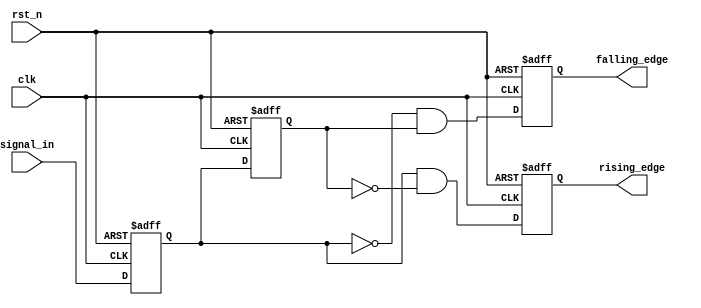
module glitch_free_edge_detector (
    input wire clk,               // Clock signal
    input wire rst_n,             // Asynchronous reset (active low)
    input wire signal_in,         // Input signal to detect edges
    output reg rising_edge,       // Output signal for rising edge detection
    output reg falling_edge       // Output signal for falling edge detection
);

    // Memory blocks to store current and previous states
    reg signal_current;           // Current state of the input signal
    reg signal_previous;          // Previous state of the input signal

    // Edge detection logic
    always @(posedge clk or negedge rst_n) begin
        if (!rst_n) begin
            // Asynchronous reset
            signal_current <= 1'b0;
            signal_previous <= 1'b0;
            rising_edge <= 1'b0;
            falling_edge <= 1'b0;
        end else begin
            // Update previous state to current state
            signal_previous <= signal_current;
            // Capture the current state of the input signal
            signal_current <= signal_in;

            // Edge detection logic
            rising_edge <= (signal_current && !signal_previous); // Rising edge detected
            falling_edge <= (!signal_current && signal_previous); // Falling edge detected
        end
    end

endmodule